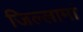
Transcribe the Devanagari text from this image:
जिल्लामां